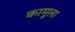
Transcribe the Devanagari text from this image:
कामूला